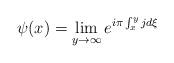
LaTeX: \begin{align*}\psi (x)=\lim_{y\rightarrow \infty }e^{i\pi \int_{x}^{y}jd\xi }\end{align*}